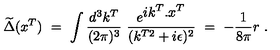
\widetilde \Delta ( x ^ { T } ) \ = \ \int \frac { d ^ { 3 } k ^ { T } } { ( 2 \pi ) ^ { 3 } } \ \frac { e ^ { { \displaystyle i k ^ { T } . x ^ { T } } } } { ( k ^ { T 2 } + i \epsilon ) ^ { 2 } } \ = \ - \frac { 1 } { 8 \pi } r \ .